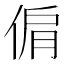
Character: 𠊘